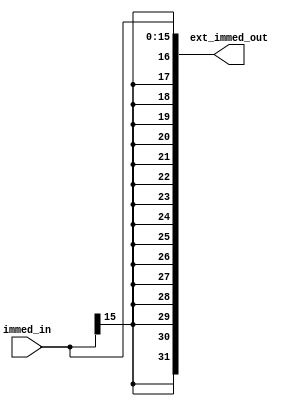
/*
	Title: Sign Extend
	Author: Selene (Computer System and Architecture Lab, ICE, CYCU)
	
	Input Port
		1. immed_in: Jsign extend
	Output Port
		1. ext_immed_out: Xwsign extend
*/
module sign_extend( immed_in, ext_immed_out );
	input[15:0] immed_in;
	output[31:0] ext_immed_out;
	assign ext_immed_out = { {16{immed_in[15]}}, immed_in };
endmodule